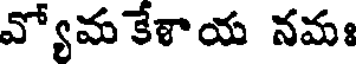
వ్యోమకేశాయ నమః